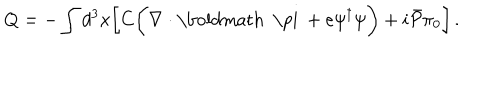
LaTeX: Q = - \int d ^ { 3 } x \biggl [ C \biggl ( \nabla \cdot \mathrm { \boldmath ~ \ p i ~ } + e \psi ^ { \dagger } \psi \biggr ) + i { \bar { \cal P } } \pi _ { 0 } \biggr ] \, .